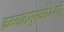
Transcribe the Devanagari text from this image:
क्रव्यादमुख्येभ्यो